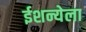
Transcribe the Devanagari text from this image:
ईशन्येला